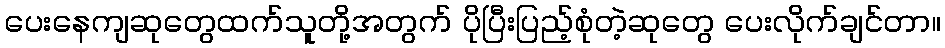
ပေးနေကျဆုတွေထက်သူတို့အတွက် ပိုပြီးပြည့်စုံတဲ့ဆုတွေ ပေးလိုက်ချင်တာ။